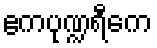
ဧကပုဏ္ဍရီကေ